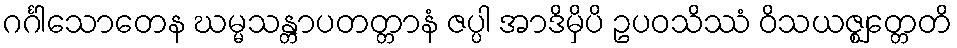
ဂင်္ဂါသောတေန ဃမ္မသန္တာပတတ္တာနံ ဇပ္ပါ အာဒိမှိပိ ဥပဝသိဿံ ဝိသယဇ္ဈတ္တေတိ